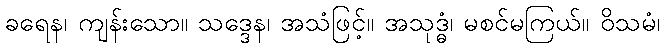
ခရေန၊ ကျန်းသော။ သဒ္ဒေန၊ အသံဖြင့်။ အသုဒ္ဓံ၊ မစင်မကြယ်။ ဝိသမံ၊